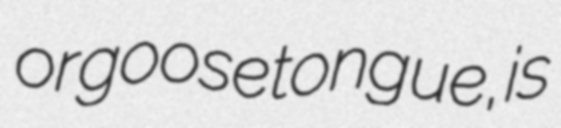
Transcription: or goose tongue, is